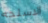
الاسلحه